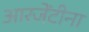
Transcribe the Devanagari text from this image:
आरजेंटीना